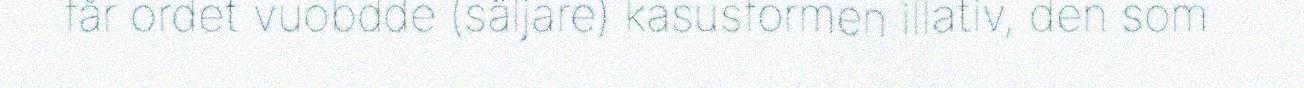
får ordet vuobdde (säljare) kasusformen illativ, den som